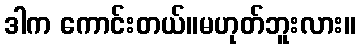
ဒါက ကောင်းတယ်။မဟုတ်ဘူးလား။